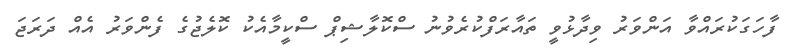
ފާހަގަކުރައްވާ އަންވަރު ވިދާޅުވީ ތައާރަފްކުރެވުނު ސްކޮލާޝިޕް ސްކީމާއެކު ކޮލެޖުގެ ފެންވަރު އެއް ދަރަޖަ